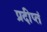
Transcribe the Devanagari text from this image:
प्रदीप्तं